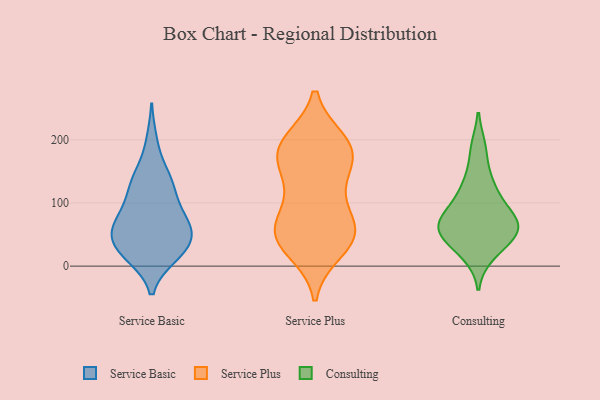
{"axis": {"x": "Page Views", "y": "Value"}, "legend": ["Consulting", "Service Basic", "Service Plus"], "data": [{"x": "", "y": 42, "type": "Service Basic"}, {"x": "", "y": 48, "type": "Service Basic"}, {"x": "", "y": 40, "type": "Service Basic"}, {"x": "", "y": 137, "type": "Service Basic"}, {"x": "", "y": 130, "type": "Service Basic"}, {"x": "", "y": 102, "type": "Service Basic"}, {"x": "", "y": 59, "type": "Service Basic"}, {"x": "", "y": 60, "type": "Service Basic"}, {"x": "", "y": 126, "type": "Service Basic"}, {"x": "", "y": 16, "type": "Service Basic"}, {"x": "", "y": 81, "type": "Service Basic"}, {"x": "", "y": 88, "type": "Service Basic"}, {"x": "", "y": 18, "type": "Service Basic"}, {"x": "", "y": 197, "type": "Service Basic"}, {"x": "", "y": 56, "type": "Service Basic"}, {"x": "", "y": 16, "type": "Service Basic"}, {"x": "", "y": 147, "type": "Service Basic"}, {"x": "", "y": 67, "type": "Service Basic"}, {"x": "", "y": 22, "type": "Service Basic"}, {"x": "", "y": 196, "type": "Service Plus"}, {"x": "", "y": 26, "type": "Service Plus"}, {"x": "", "y": 63, "type": "Service Plus"}, {"x": "", "y": 44, "type": "Service Plus"}, {"x": "", "y": 50, "type": "Service Plus"}, {"x": "", "y": 117, "type": "Service Plus"}, {"x": "", "y": 130, "type": "Service Plus"}, {"x": "", "y": 183, "type": "Service Plus"}, {"x": "", "y": 70, "type": "Service Plus"}, {"x": "", "y": 45, "type": "Service Plus"}, {"x": "", "y": 171, "type": "Service Plus"}, {"x": "", "y": 53, "type": "Service Plus"}, {"x": "", "y": 194, "type": "Service Plus"}, {"x": "", "y": 181, "type": "Service Plus"}, {"x": "", "y": 175, "type": "Service Plus"}, {"x": "", "y": 79, "type": "Consulting"}, {"x": "", "y": 66, "type": "Consulting"}, {"x": "", "y": 57, "type": "Consulting"}, {"x": "", "y": 137, "type": "Consulting"}, {"x": "", "y": 116, "type": "Consulting"}, {"x": "", "y": 187, "type": "Consulting"}, {"x": "", "y": 90, "type": "Consulting"}, {"x": "", "y": 51, "type": "Consulting"}, {"x": "", "y": 62, "type": "Consulting"}, {"x": "", "y": 18, "type": "Consulting"}, {"x": "", "y": 39, "type": "Consulting"}]}